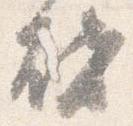
啓